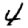
Digit: 4